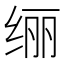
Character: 𫄥